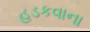
હડકવાના